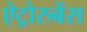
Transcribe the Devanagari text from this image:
ऐट्रोरुबेंस